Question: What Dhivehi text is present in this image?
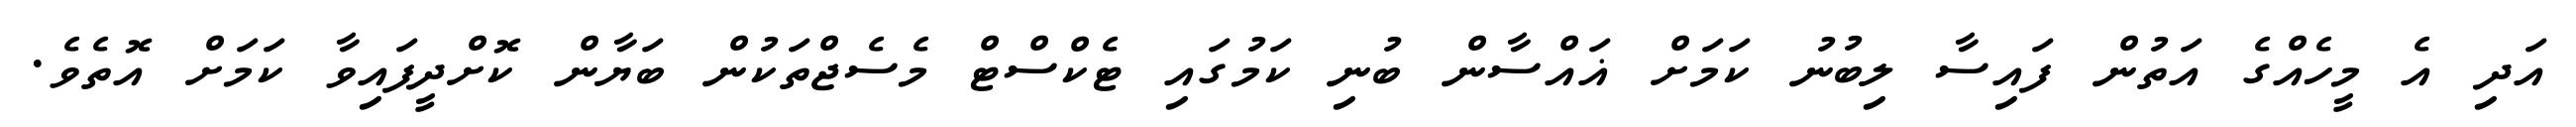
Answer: އަދި އެ މީހެއްގެ އަތުން ފައިސާ ލިބުނު ކަމަށް ޣައްސާން ބުނި ކަމުގައި ޓެކްސްޓް މެސެޖްތަކުން ބަޔާން ކޮށްދީފައިވާ ކަމަށް އޮތެވެ.